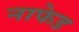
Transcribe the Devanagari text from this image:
नाफेड